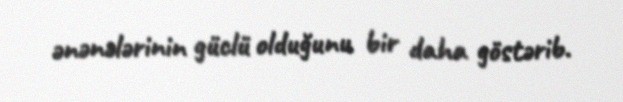
ənənələrinin güclü olduğunu bir daha göstərib.